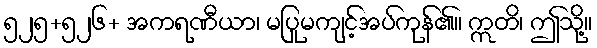
၅၂၅+၅၂၆+ အကရဏီယာ၊ မပြုမကျင့်အပ်ကုန်၏။ ဣတိ၊ ဤသို့။